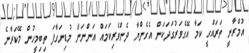
އުމްރާނީ ތަރައްގީ ކަމާ އޭގެވަރުގަދަކަން އެގެންޔާ ދެންވެރިކަމައް އަންނަން މުޑިނަގާފަ ތިބިމީހުން މޭކަރާނެ